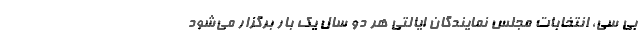
بی سی، انتخابات مجلس نمایندگان ایالتی هر دو سال یک بار برگزار می‌شود